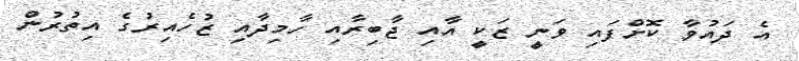
އެ ދައުވާ ކޮށްފައި ވަނީ ޒަކީ އާއި ޖާބިރާއި ހާމިދާއި ޒުހެއިރުގެ އިތުރުން